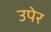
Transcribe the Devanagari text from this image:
उपेर